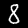
Label: 8